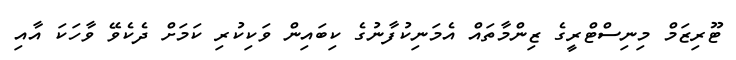
ޓޫރިޒަމް މިނިސްޓްރީގެ ޒިންމާތައް އެމަނިކުފާނުގެ ކިބައިން ވަކިކުރި ކަމަށް ދެކެވޭ ވާހަކަ އާއި